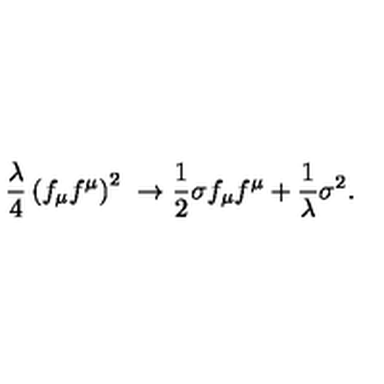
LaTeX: \frac { \lambda } 4 \left( f _ { \mu } f ^ { \mu } \right) ^ { 2 } \ \to \frac 1 2 { \sigma } f _ { \mu } f ^ { \mu } + \frac 1 { \lambda } \sigma ^ { 2 } .